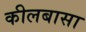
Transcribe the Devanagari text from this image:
कीलबासा